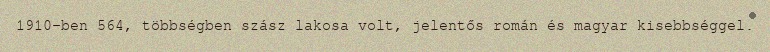
1910-ben 564, többségben szász lakosa volt, jelentős román és magyar kisebbséggel.